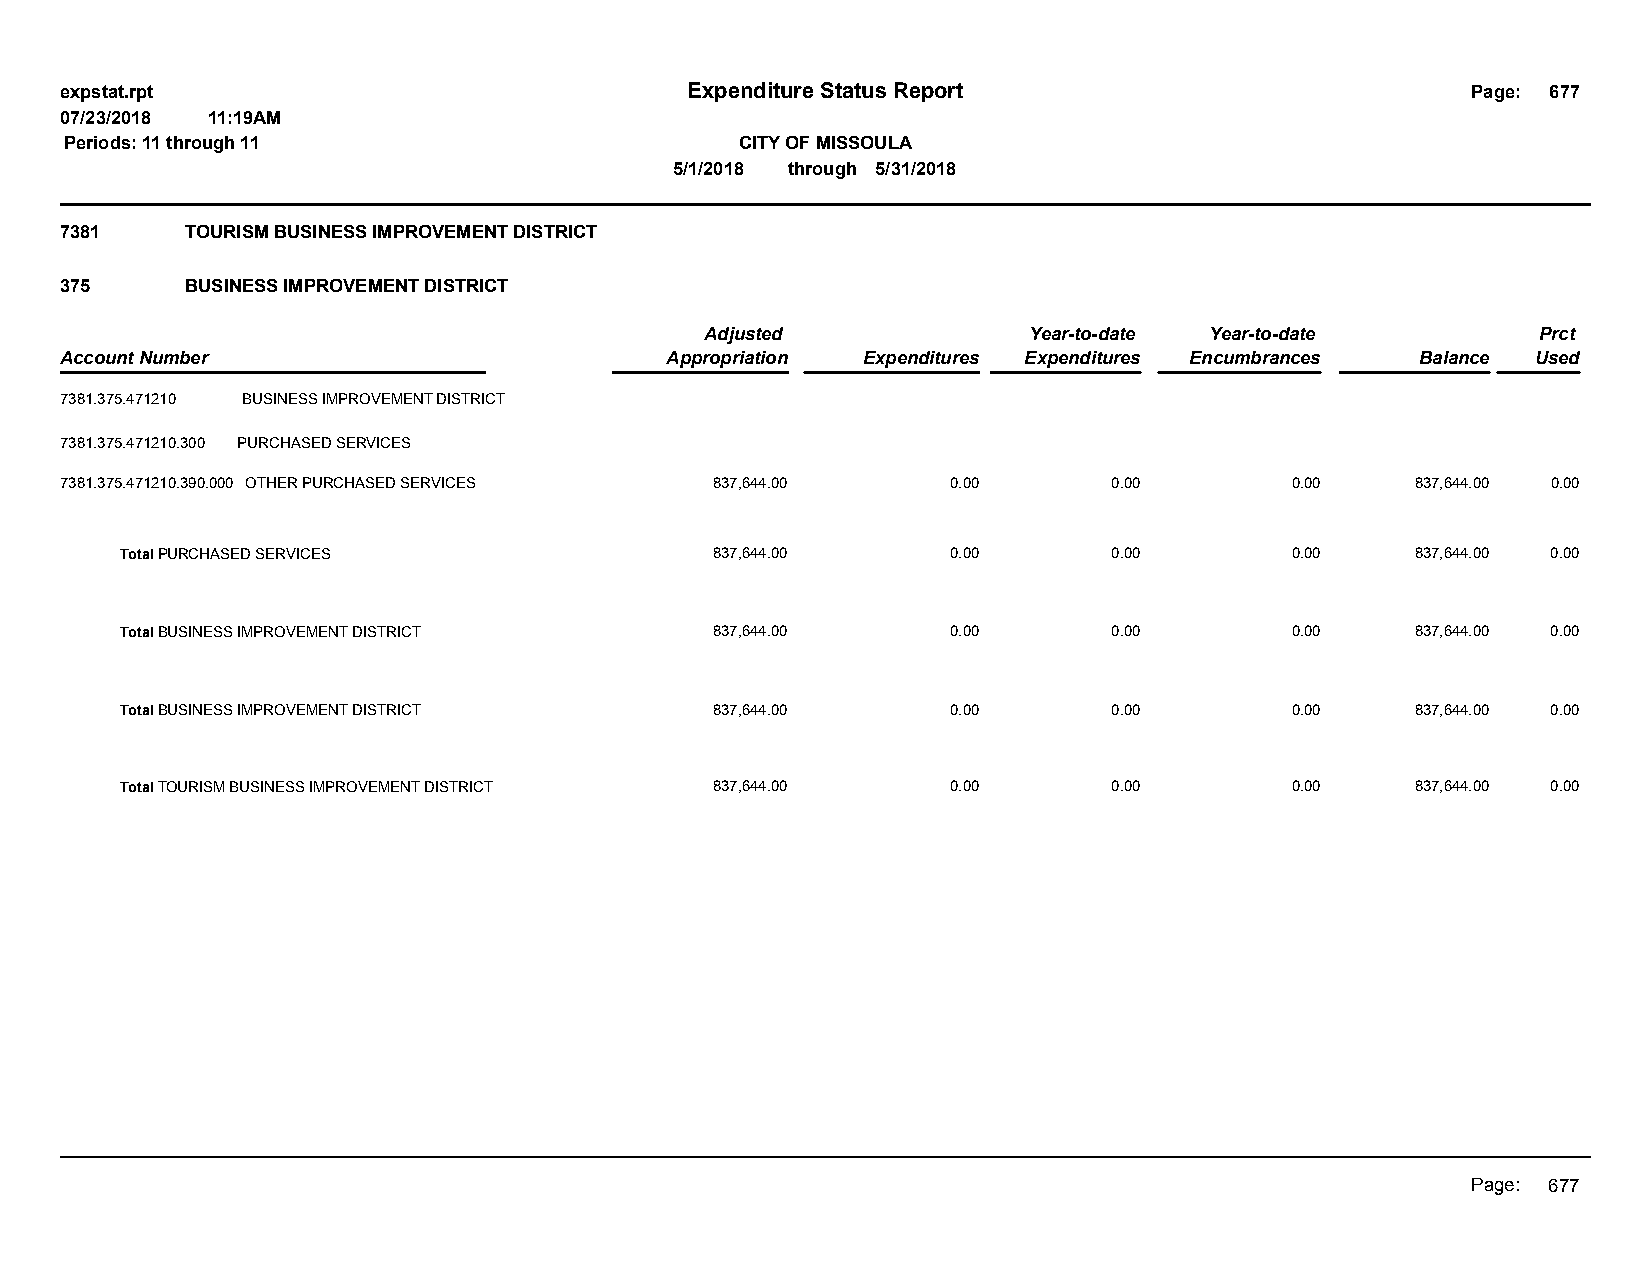
expstat.rpt                              Expenditure Status Report                           Page: 677
 07/23/2018 11:19AM
 Periods: 11 through 11                       CITY OF MISSOULA
 5/1/2018 through 5/31/2018
 7381    TOURISM BUSINESS IMPROVEMENT DISTRICT
 375     BUSINESS IMPROVEMENT DISTRICT
 Adjusted             Year-to-date Year-to-date         Prct
 Account Number                          Appropriation Expenditures Expenditures Encumbrances Balance Used
 7381.375.471210 BUSINESS IMPROVEMENT DISTRICT
 7381.375.471210.300 PURCHASED SERVICES
 7381.375.471210.390.000 OTHER PURCHASED SERVICES 837,644.00 0.00      0.00       0.00     837,644.00 0.00
 Total PURCHASED SERVICES               837,644.00      0.00       0.00       0.00     837,644.00 0.00
 Total BUSINESS IMPROVEMENT DISTRICT    837,644.00      0.00       0.00       0.00     837,644.00 0.00
 Total BUSINESS IMPROVEMENT DISTRICT    837,644.00      0.00       0.00       0.00     837,644.00 0.00
 Total TOURISM BUSINESS IMPROVEMENT DISTRICT 837,644.00 0.00       0.00       0.00     837,644.00 0.00
 Page: 677